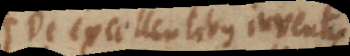
De excellentibus inventis